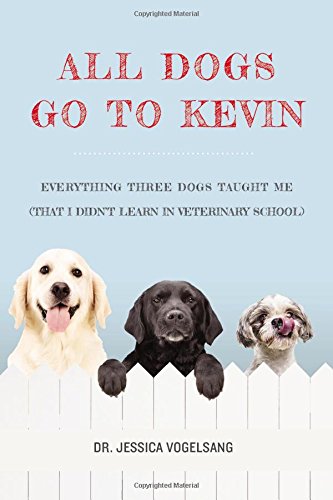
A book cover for All Dogs Go to Kevin: Everything Three Dogs Taught Me (That I Didn't Learn in Veterinary School); Jessica Vogelsang; Crafts, Hobbies & Home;